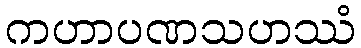
ကဟာပဏသဟဿံ